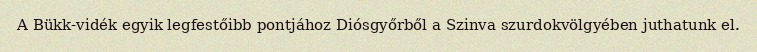
A Bükk-vidék egyik legfestőibb pontjához Diósgyőrből a Szinva szurdokvölgyében juthatunk el.